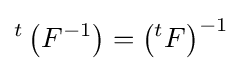
{}^{t}\left(F^{-1}\right)=\left({}^{t}F\right)^{-1}